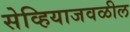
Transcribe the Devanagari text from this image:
सेव्हियाजवळील